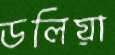
ডলিয়া